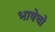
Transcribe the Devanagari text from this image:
भाषेचो